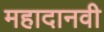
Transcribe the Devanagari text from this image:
महादानवी